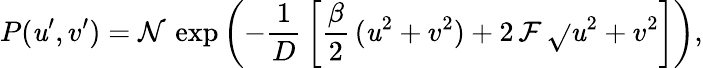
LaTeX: P(\mathit{u}^{\prime},v^{\prime})=\mathcal{{N}}\, \exp{\left(-\frac{{1}}{{D}}\, \left[\frac{{\beta}}{{2}}\, (\mathit{u}^{2}+v^{2})+2\, \mathcal{{F}}\, \sqrt{}{{\mathit{u}^{2}+v^{2}}}\right]\right)},